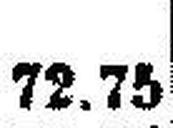
72.75